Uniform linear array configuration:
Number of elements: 16
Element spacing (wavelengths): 0.75
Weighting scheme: cosine
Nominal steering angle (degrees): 45
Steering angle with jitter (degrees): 44.521
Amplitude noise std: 0.05
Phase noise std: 0.05

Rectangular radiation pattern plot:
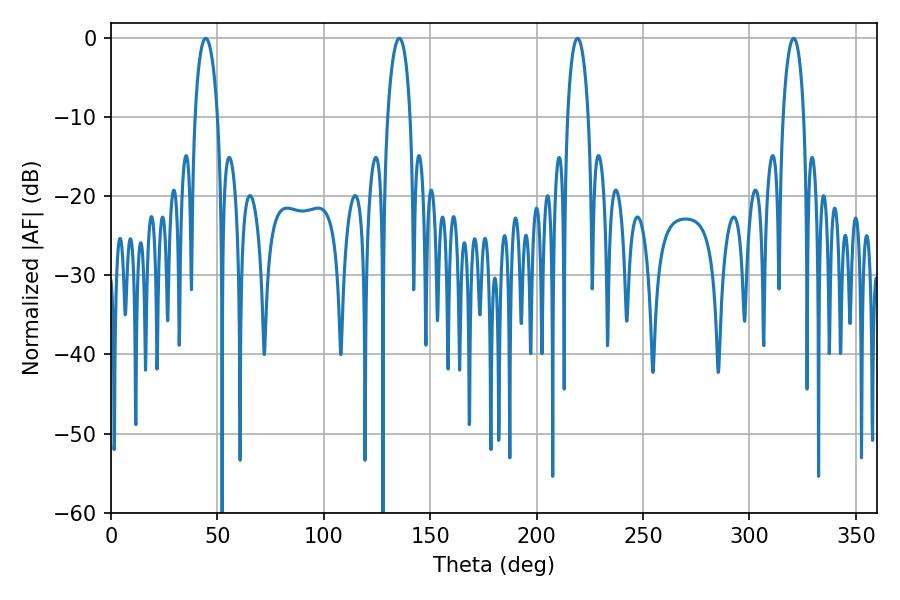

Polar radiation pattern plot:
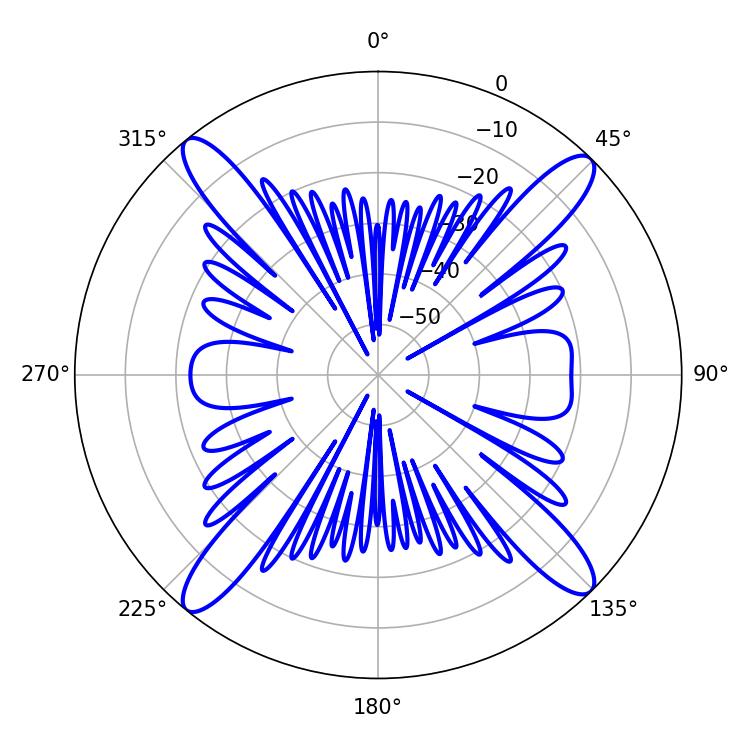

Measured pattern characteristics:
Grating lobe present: TRUE
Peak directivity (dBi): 18.429
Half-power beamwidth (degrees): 5.58
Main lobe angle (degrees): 219.24